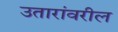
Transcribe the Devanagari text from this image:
उतारांवरील